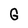
Character: G